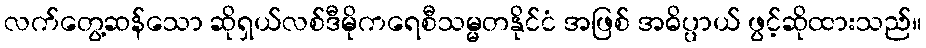
လက်တွေ့ဆန်သော ဆိုရှယ်လစ်ဒီမိုကရေစီသမ္မတနိုင်ငံ အဖြစ် အဓိပ္ပာယ် ဖွင့်ဆိုထားသည်။